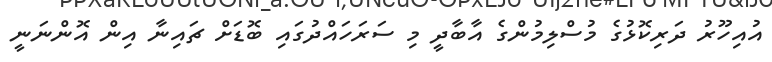
އުއިހޫރު ދަރިކޮޅުގެ މުސްލިމުންގެ އާބާދީ މި ސަރަހައްދުގައި ބޮޑަށް ޗައިނާ އިން އޮންނަނީ